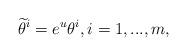
LaTeX: \begin{align*}\widetilde{\theta}^{i}=e^u\theta^{i},i=1,...,m,\end{align*}